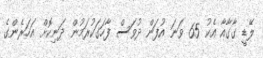
ލޭޑީ ގާގާއާ އެކު 65 ވަނަ އުފަން ދުވަސް ފާހަގަކުރަމުން ދަނިކޮށް އަހަރެންގެ